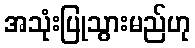
အသုံးပြုသွားမည်ဟု